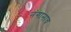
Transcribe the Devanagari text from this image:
नंगानाच